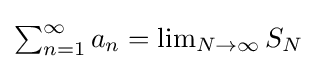
{\textstyle \sum _{n=1}^{\infty }a_{n}=\lim _{N\to \infty }S_{N}}